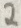
Text: 2